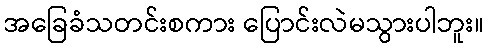
အခြေခံသတင်းစကား ပြောင်းလဲမသွားပါဘူး။